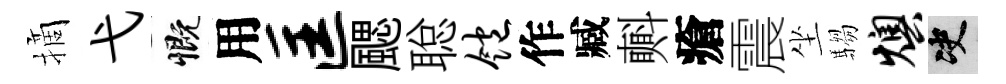
摘弋慨用匡颸聪饱作臧㪺瘡震坐騶燠决